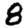
Digit: 8